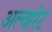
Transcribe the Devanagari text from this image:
अल्वारेट